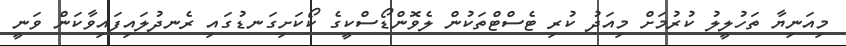
މިއަނިޔާ ތަހުލީލު ކުރުމަށް މިއަދު ކުރި ޓެސްޓްތަކުން ލެވޮންޑޯސްކީގެ ކޯކަށިގަނޑުގައި ރެނދުލައިފައިވާކަން ވަނީ